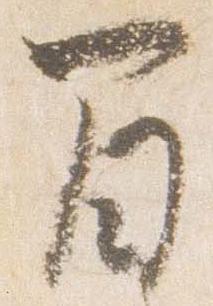
間